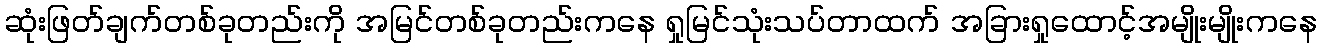
ဆုံးဖြတ်ချက်တစ်ခုတည်းကို အမြင်တစ်ခုတည်းကနေ ရှုမြင်သုံးသပ်တာထက် အခြားရှုထောင့်အမျိုးမျိုးကနေ